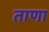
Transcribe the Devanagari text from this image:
ताणा